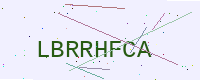
Text: LBRRHFCA